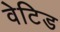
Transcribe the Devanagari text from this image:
वेटिड